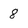
Character: 8